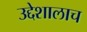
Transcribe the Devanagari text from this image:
उद्देशालाच